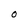
Character: O